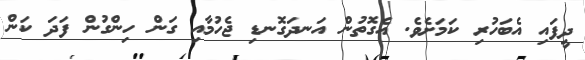
ދީފައި އެބަހުރި ކަމަށެވެ. އެގޮތުން އަނދަގޮނޑި ޖެހުމާއި ގަން ހިންގުން ފަދަ ކަން